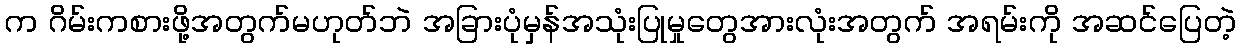
က ဂိမ်းကစားဖို့အတွက်မဟုတ်ဘဲ အခြားပုံမှန်အသုံးပြုမှုတွေအားလုံးအတွက် အရမ်းကို အဆင်ပြေတဲ့